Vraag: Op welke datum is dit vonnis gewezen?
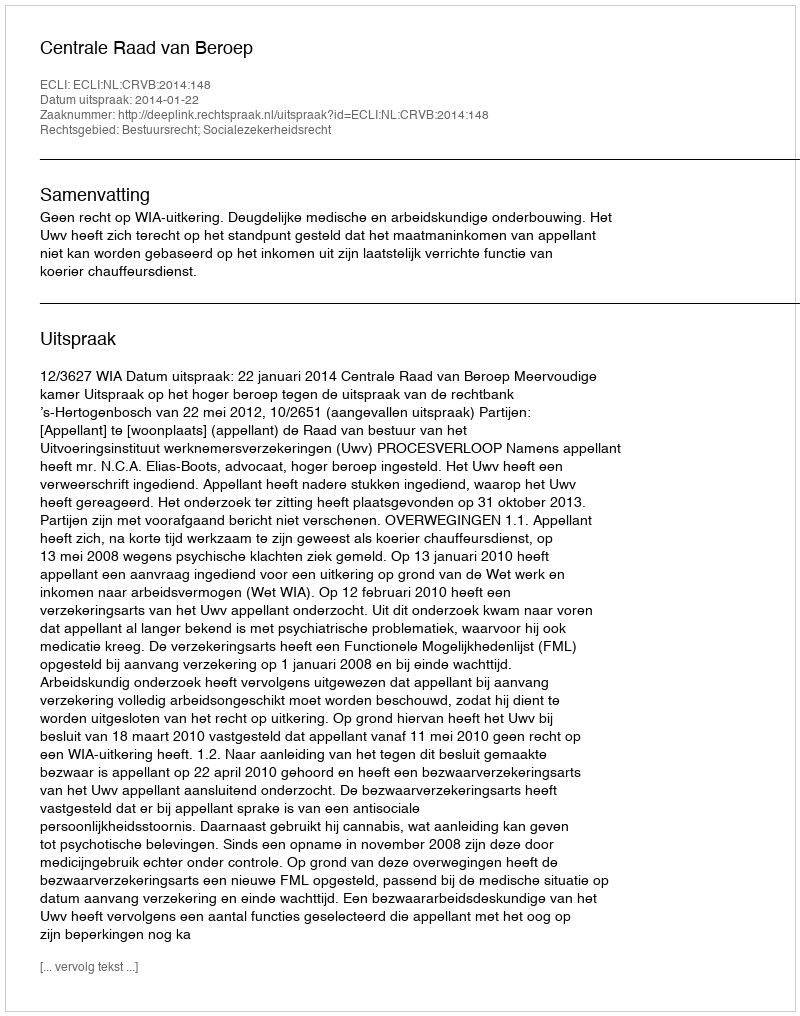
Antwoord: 2014-01-22